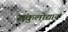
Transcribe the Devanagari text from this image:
संकुलोद्यान